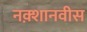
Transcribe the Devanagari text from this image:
नक़्शानवीस